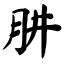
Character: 肼